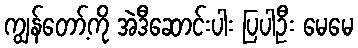
ကျွန်တော့်ကို အဲဒီဆောင်းပါး ပြပါဦး မေမေ